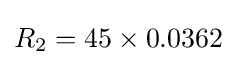
R_{2}=45\times 0.0362